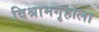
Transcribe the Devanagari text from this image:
विश्रामगृहाला